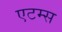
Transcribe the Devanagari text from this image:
एटम्स